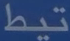
تيط